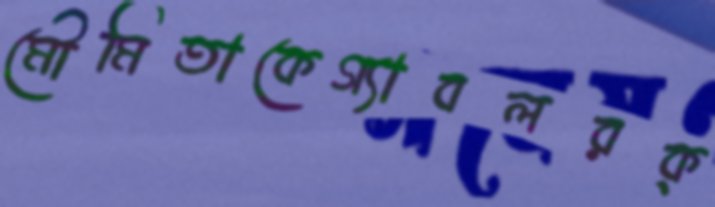
মৌমিতাকেগ্যাবলরক্